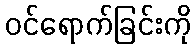
ဝင်ရောက်ခြင်းကို